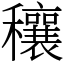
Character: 穰